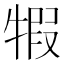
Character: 犌